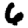
Digit: 6